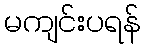
မကျင်းပရန်